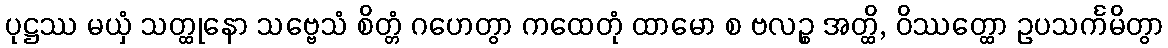
ပုဋ္ဌဿ မယှံ သတ္ထုနော သဗ္ဗေသံ စိတ္တံ ဂဟေတွာ ကထေတုံ ထာမော စ ဗလဉ္စ အတ္ထိ, ဝိဿတ္ထော ဥပသင်္ကမိတွာ